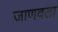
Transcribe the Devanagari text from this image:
जाणवता